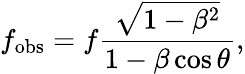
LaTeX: f_{\mathrm{obs}}=f\frac{\sqrt{1-\beta^{2}}}{1-\beta\cos\theta},